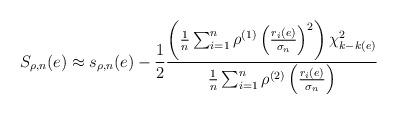
LaTeX: \begin{align*} S_{\rho,n}(e)\approx s_{\rho,n}(e)-\frac{1}{2}\frac{ \left(\frac{1}{n}\sum_{i=1}^n\rho^{(1)}\left(\frac{r_i(e)}{\sigma_n}\right)^2\right)\chi^2_{k-k(e)}}{\frac{1}{n}\sum_{i=1}^n\rho^{(2)}\left(\frac{r_i(e)}{\sigma_n}\right)}\end{align*}